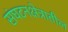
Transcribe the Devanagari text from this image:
संघटनक्षेत्रातील